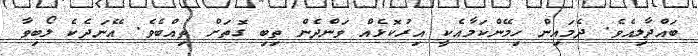
ބައްދާލިއެވެ. ދެމައިން ހިމޭންކަމާއެކީ އިރުކޮޅެއް ވަންދެން ތިބި ގޮތަށް ތިއްބެވެ. އޭނަދެކެ ލޯބިވާ